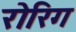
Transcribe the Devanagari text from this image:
रोरिग